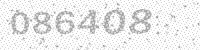
Solution: 086408